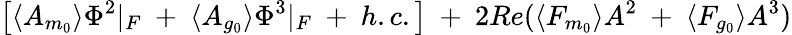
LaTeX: \left[\langle A_{m_{0}}\rangle\Phi^{2}\vert_{F}~+~\langle A_{g_{0}}\rangle\Phi^{3}\vert_{F}~+~h.c.\right]{}~+~2Re(\langle F_{m_{0}}\rangle A^{2}~+~\langle F_{g_{0}}\rangle A^{3})